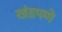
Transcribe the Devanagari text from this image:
खंडपणे